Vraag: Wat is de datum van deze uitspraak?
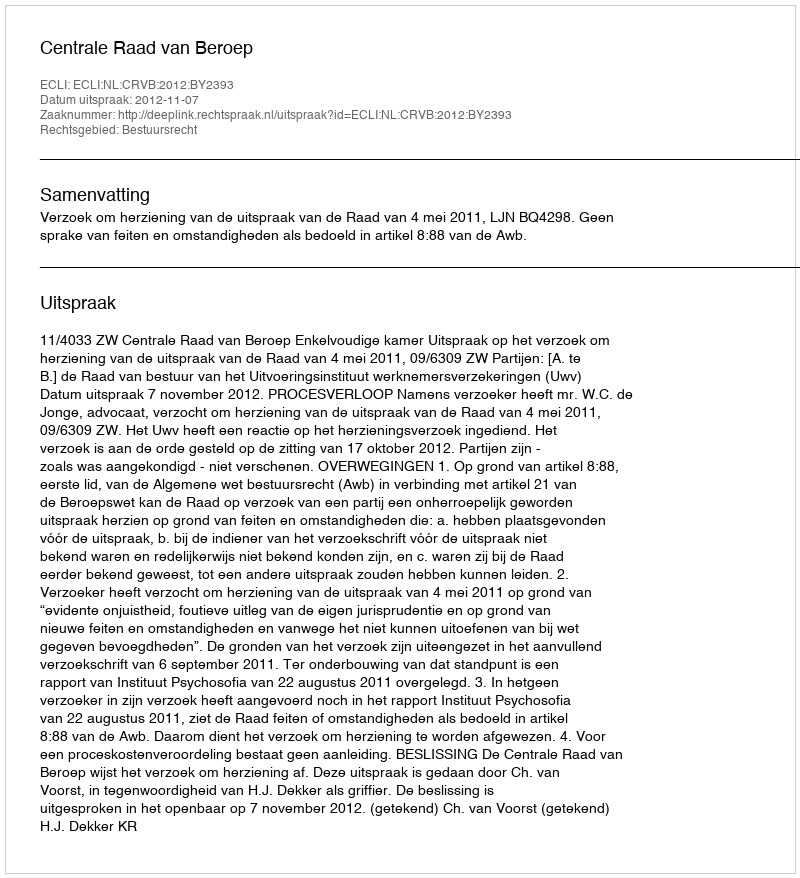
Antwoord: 2012-11-07